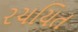
રચયિત